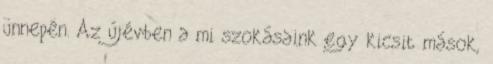
ünnepén. Az újévben a mi szokásaink egy kicsit mások,